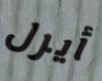
أيرل